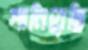
শানিয়েছি